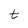
Character: t